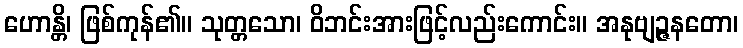
ဟောန္တိ၊ ဖြစ်ကုန်၏။ သုတ္တသော၊ ဝိဘင်းအားဖြင့်လည်းကောင်း။ အနုဗျဉ္ဇနတော၊